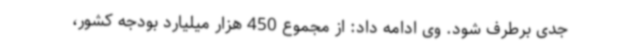
جدی برطرف شود. وی ادامه داد: از مجموع 450 هزار میلیارد بودجه کشور،